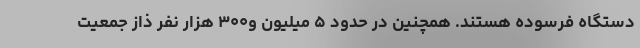
دستگاه فرسوده هستند. همچنین در حدود ۵ میلیون و۳۰۰ هزار نفر ذاز جمعیت